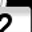
Digit: 2